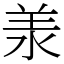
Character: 𣴎